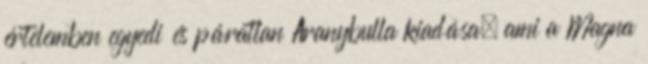
értelemben egyedi és páratlan Aranybulla kiadása, ami a Magna